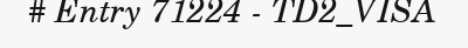
# Entry 71224 - TD2_VISA